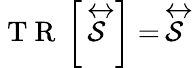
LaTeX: \mathrm{~T~R~}\left\lbrack\stackrel{\leftrightarrow}{\mathcal{S}}\right\rbrack=\stackrel{\leftrightarrow}{\mathcal{S}}